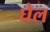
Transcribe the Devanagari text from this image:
घेल